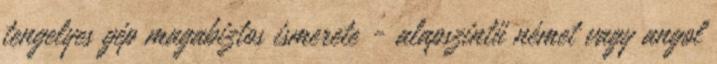
tengelyes gép magabiztos ismerete - alapszintű német vagy angol